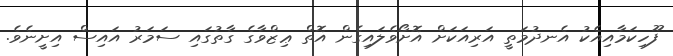
ފޫހިކަމާއިއެކު އެނދުމަތީ އަރިއަކަށް އޮށޯވެލައިގެން އޮތް ޢިޒްވާގެ ގާތުގައި ސަމަރު އައިސް އިށީނެވެ.